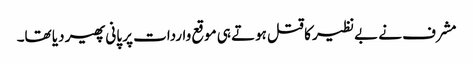
مشرف نے بےنظیر کا قتل ہوتے ہی موقع واردات پر پانی پھیر دیا تھا۔